Lunatic asylums in Bengal annual reports 1888-1898 - 1888-1898
Year: 1888
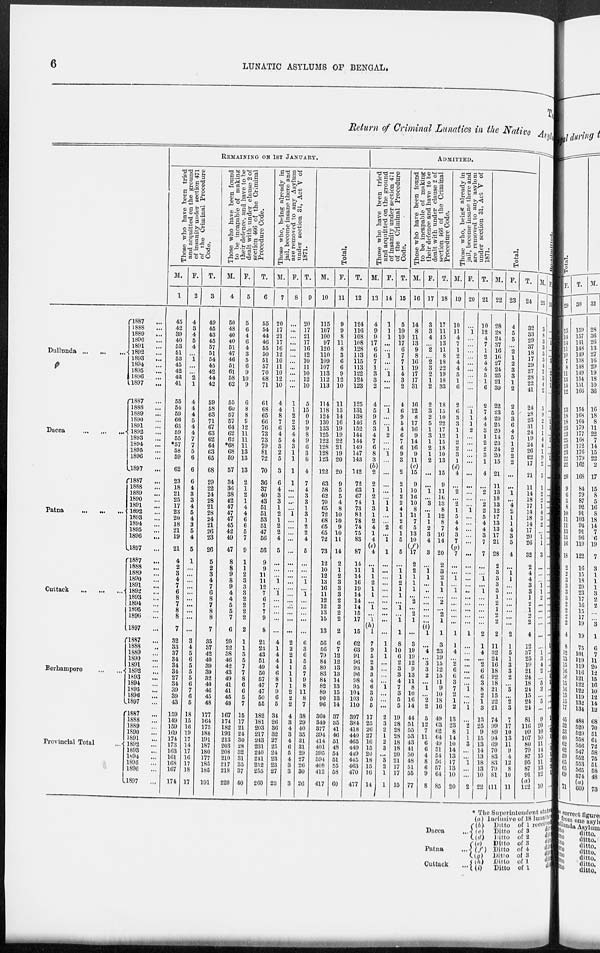
6
LUNATIC ASYLUMS OF BENGAL.
TA
Return of Criminal Lunatics in the Native Asyl
Dullunda
...
...
...
Dacca
...
...
...
Patna
...
...
...
Cuttack
...
...
...
Berhampore
...
...
Provincial Total ...
1887 ...
1888 ...
1889 ...
1890 ...
1891 ...
1892 ...
1893 ...
1894 ...
1895 ...
1896 ...
1897
...
1887 ...
1888 ...
1889 ...
1890 ...
1891 ...
1892 ...
1893 ...
1894 ...
1895 ...
1896 ...
1897
...
1887 ...
1888 ...
1889 ...
1890 ...
1891 ...
1892 ...
1893 ...
1894 ...
1895 ...
1896 ...
1897 ...
1887
...
1888 ...
1889 ...
1890 ...
1891 ...
1892 ...
1893 ...
1894 ...
1895 ...
1896 ...
1897 ...
1887 ...
1888 ...
1889 ...
1890 ...
1891 ...
1892 ...
1893 ...
1894 ...
1895 ...
1898 ...
1897
...
1887 ...
1888 ...
1889 ...
1890 ...
1891 ...
1892
...
1893 ...
1894 ...
1895 ...
1896 ...
1897 ...
REMAINING ON 1ST JANUARY.
Those who have been tried
and acquitted on the ground
of insanity under section 471
of the Criminal Procedure
Code.
M.
1
45
42
39
40
53
51
53
45
42
42
41
55
54
59
66
63
59
55
*57
58
59
62
23
18
21
25
17
23
20
18
21
19
21
4
2
3
4
7
6
8
7
8
8
7
32
33
37
34
34
34
27
34
39
39
43
159
149
159
169
174
173
163
161
168
167
174
F.
2
4
3
4
5
4
...
1
...
...
2
1
4
4
4
5
4
4
7
7
5
6
6
6
4
3
3
4
5
4
3
5
4
5
1
...
...
...
...
...
...
...
...
...
...
3
4
5
6
5
5
5
6
7
6
5
18
15
16
19
17
14
17
16
17
18
17
T.
3
49
45
43
45
57
51
54
45
42
44
42
59
58
63
71
67
63
62
64
63
65
68
29
22
24
28
21
28
24
21
26
23
26
5
2
3
4
7
6
8
7
8
8
7
35
37
42
40
39
39
32
40
46
45
48
177
164
175
188
191
187
180
177
185
185
191
Those who have been found
to be incapable of making
their defence, and have to be
dealt with under clause 2 of
section 466 of the Criminal
Procedure Code.
M.
4
50
48
40
40
51
47
46
51
61
58
62
55
60
57
57
64
62
62
*68
68
59
57
34
36
38
42
47
47
47
45
42
49
47
8
8
9
8
9
4
4
5
5
7
6
20
22
38
46
42
43
49
41
41
45
48
167
174
182
193
213
203
208
210
217
218
220
F.
5
5
6
4
6
4
3
5
6
9
10
9
6
8
8
9
12
11
11
11
13
13
13
2
1
2
1
4
4
6
6
5
7
9
1
1
2
3
3
3
2
2
2
2
2
1
1
5
5
7
7
8
6
6
5
7
15
17
21
24
30
28
32
31
35
37
40
T.
6
55
54
44
46
55
50
51
57
70
68
71
61
68
65
66
76
73
73
79
81
72
70
36
37
40
43
51
51
53
51
47
56
56
9
9
11
11
12
7
6
7
7
9
8
21
23
43
51
49
50
57
47
47
50
55
182
181
203
217
243
231
240
241
252
255
260
Those who, being already in
jail, become insane there and
are removed to any Asylum
under section 31, Act V of
1871.
M.
7
20
17
21
17
16
12
10
11
10
12
10
4
4
8
7
6
4
5
3
2
5
3
6
4
3
3
1
2
1
2
2
4
5
...
...
...
1 ...
1
...
...
...
...
...
4
1
4
4
4
6
8
7
9
6
5
34
26
36
32
27
25
24
23
23
27
23
F.
8
...
...
...
...
...
...
...
...
...
...
...
1
1
2
2
3
4
4
3
1
1
1
1
...
...
...
...
1
...
...
...
...
...
...
...
...
...
...
...
...
...
...
...
...
2
2
2
1
1
1
1
1
2
2
2
4
3
4
3
4
6
5
4
3
3
3
T.
9
20
17
21
17
16
12
10
11
10
12
10
5
15
0
9
9
8
9
6
3
6
4
7
4
3
3
1
3
1
2
2
4
5
...
...
...
1
...
1
...
...
...
...
...
6
3
6
5
5
7
9
8
11
8
7
38
29
40
35
31
31
29
27
26
30
26
Total.
M.
10
115
107
100
97
120
110
109
107
113
112
113
114
118
124
130
133
125
122
128
128
123
122
63
58
62
70
65
72
68
65
65
72
73
12
10
12
13
16
11
12
12
13
15
13
56
56
79
84
80
83
84
82
89
90
96
360
349
377
394
414
401
395
394
408
412
417
F.
11
9
9
8
11
8
3
6
6
9
12
10
11
13
14
16
19
19
22
21
19
20
20
9
5
5
4
8
10
10
9
10
11
14
2
1
2
3
3
3
2
2
2
2
2
6
7
12
12
13
13
14
13
15
13
14
37
35
41
46
51
48
54
51
55
58
60
T.
12
124
116
108
108
128
113
115
113
122
124
123
125
131
138
146
152
144
144
149
147
143
142
72
63
67
74
73
82
78
74
75
83
87
14
11
14
16
19
14
14
14
15
17
15
62
63
91
96
93
96
98
95
104
103
110
397
384
418
440
465
449
449
445
463
470
477
ADMITTED.
Those who have been tried
and acquitted on the ground
of insanity under section 471
of the Criminal Procedure
Code.
M.
13
4
9
9
17
6
6
7
1
3
3
2
4
5
9
5
3
4
7
6
8
3
(b)
2
2
1
2
1
3
1
2
4
1
4
(e)
4
...
1 1
2
1
1
...
1
...
1
(h)
1
7
9
5
2
3
3
4
6
3
5
5
17
25
26
27
16
15
20
18
15
16
14
F.
14
1
1
1
...
...
1
...
. . .
1
...
...
...
1
...
...
1
2
...
...
1
...
...
...
...
...
1
1
...
...
2
...
1
1
...
...
...
...
...
...
...
...
...
...
...
1
1
1
...
...
...
...
1
...
...
...
2
3
2
1
2
3
...
3
2
1
1
T.
15
5
10
10
17
6
7
7
1
4
3
2
4
6
9
5
4
6
7
6
9
3
2
2
1
2
2
4
1
2
6
1
5
5
...
1
1
2
1
1
...
1
...
1
1
8
10
6
2
3
3
4
7
3
5
5
19
28
28
28
18
18
20
21
17
17
15
Those who have been found
to be incapable of making
their defence and have to be
dealt with under clause 2 of
section 466 of the Criminal
Procedure Code.
M.
16
14
8
11
13
9
8
16
19
17
17
31
16
12
8
17
16
9
14
16
9
11
(c)
15
9
10
16
10
8
11
7
5
13
10
(f)
17
2
2
1
1
1
... 2
...
2
1
...
3
19
19
12
9
13
11
8
10
16
14
44
51
55
53
43
41
50
48
51
55
77
F.
17
3
3
4
...
2
...
2
3
2
1
2
2
3
2
5
1
3
1
2
1
2
...
...
1
...
3
...
1
1
2
3
4
3
...
1 1
...
...
...
...
...
...
...
(i) 1
...
4
...
3
3
2
...
1
...
2
2
5
12
7
11
6
6
4
8
6
9
8
T.
18
17
11
15
13
11
8
18
22
19
18
33
18
15
10
22
17
12
15
18
10
13
15
9
11
16
13
8
12
8
7
16
14
20
2
3
2
1
1
... 2
... 2
1
1
3
23
19
15
12
15
11
9
10
18
16
49
63
62
64
49
51
54
56
57
64
85
Those who, being already in
jail, become insane there and
are removed to any asylum
under section 31, Act V of
1871.
M.
19
10
11
4
7
1
2
4
4
5
1
6
2
6
3
3
1
1
2
2
3
1
(d)
4
...
2
...
2
1
5
4
4
3
7
(g)
7
...
...
1
...
1 ...
...
...
...
...
1
1
4
...
2
6
6
3
7
2
1
2
13
23
8
14
10
14
13
17
13
10
20
F.
20
...
1
...
...
...
...
...
...
...
...
...
...
1
1
1
2
...
...
...
...
...
...
...
...
...
...
1
...
...
...
...
...
...
...
...
...
...
...
...
...
...
...
...
1
...
...
...
...
...
...
...
1
...
...
1
...
2
1
1
3
...
...
1
...
...
2
T.
21
10
12
4
7
1
2
4
4
5
1
6
2
7
4
4
3
1
2
2
3
1
4
...
2
...
2
2
5
4
4
3
7
7
...
...
1
...
1
...
...
...
...
...
2
1
4
...
2
6
6
3
8
2
1
3
13
25
9
15
13
14
13
18
13
10
22
Total.
M.
22
28
28
24
37
16
16
27
24
25
21
39
22
23
20
25
20
14
23
24
20
15
21
11
13
18
13
12
17
13
13
17
21
28
2
3 3
3
3
1
2
1
2
2
2
11
32
24
16
18
22
18
21
15
22
21
74
99
89
94
69
70
83
83
79
81
111
F.
23
4
5
5
...
2
1
2
3
3
1
2
2
5
3
6
4
5
1
2
2
2
...
...
1
...
4 2
1
1
4
3
5
4
...
1 1
...
...
...
...
...
...
...
2
1
5
1
3
3
2
...
3
...
2
3
7
17
10
13
11
9
4
12
8
10
11
T.
24
32
33
29
37
18
17
29
27
28
22
41
24
28
23
31
24
19
24
26
22
17
21
11
14
18
17
14
18
14
17
20
26
32
2
4
4
3
3
1
2
1
2
2
4
12
37
25
19
21
24
18
24
15
24
24
81
116
99
107
80
79
87
95
87
91
(a)
122
Re-admitted.
M.
25
3
8
3
3
3
5
4
7
3
4
2
5
9
2
1
1
4
4
1
9
2
5
1
2
2
1
4
3
2
...
1 1
3
...
...
...
1
1
2
...
...
...
...
...
...
1 3
4
2
...
5
3
...
5
...
9
20
10
10
11
14
15
11
13
12
10
F.
26
...
...
1
...
...
3 ...
2
1
1
...
...
...
1
1
...
1
...
...
1
..
...
...
...
...
...
...
...
...
...
...
...
...
...
...
...
...
...
...
...
...
...
...
...
1
...
...
...
...
1
1
...
...
...
...
1
...
2
1
...
5
1
2
2
1
...
* The Superintendent state
Dacca ...
Patna ...
Cuttack ...
(a) Inclusive of 18 lunatics
(b)
Ditto of 1 received
(c) Ditto of 3 ditto
(d)
Ditto of 2 ditto
(e)
Ditto of 3 ditto
(f) Ditto of 4 ditto
(g) Ditto of 3 ditto
(h)
Ditto of 1
ditto
(i)
Ditto of
1 ditto